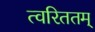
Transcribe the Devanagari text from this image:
त्वरिततम्